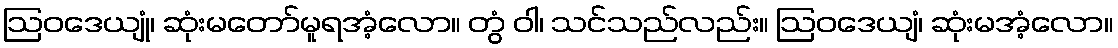
ဩဝဒေယျုံ၊ ဆုံးမတော်မူရအံ့လော။ တွံ ဝါ၊ သင်သည်လည်း။ ဩဝဒေယျံ၊ ဆုံးမအံ့လော။